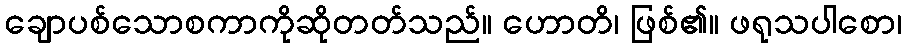
ချောပစ်သောစကာကိုဆိုတတ်သည်။ ဟောတိ၊ ဖြစ်၏။ ဖရုသပါစော၊